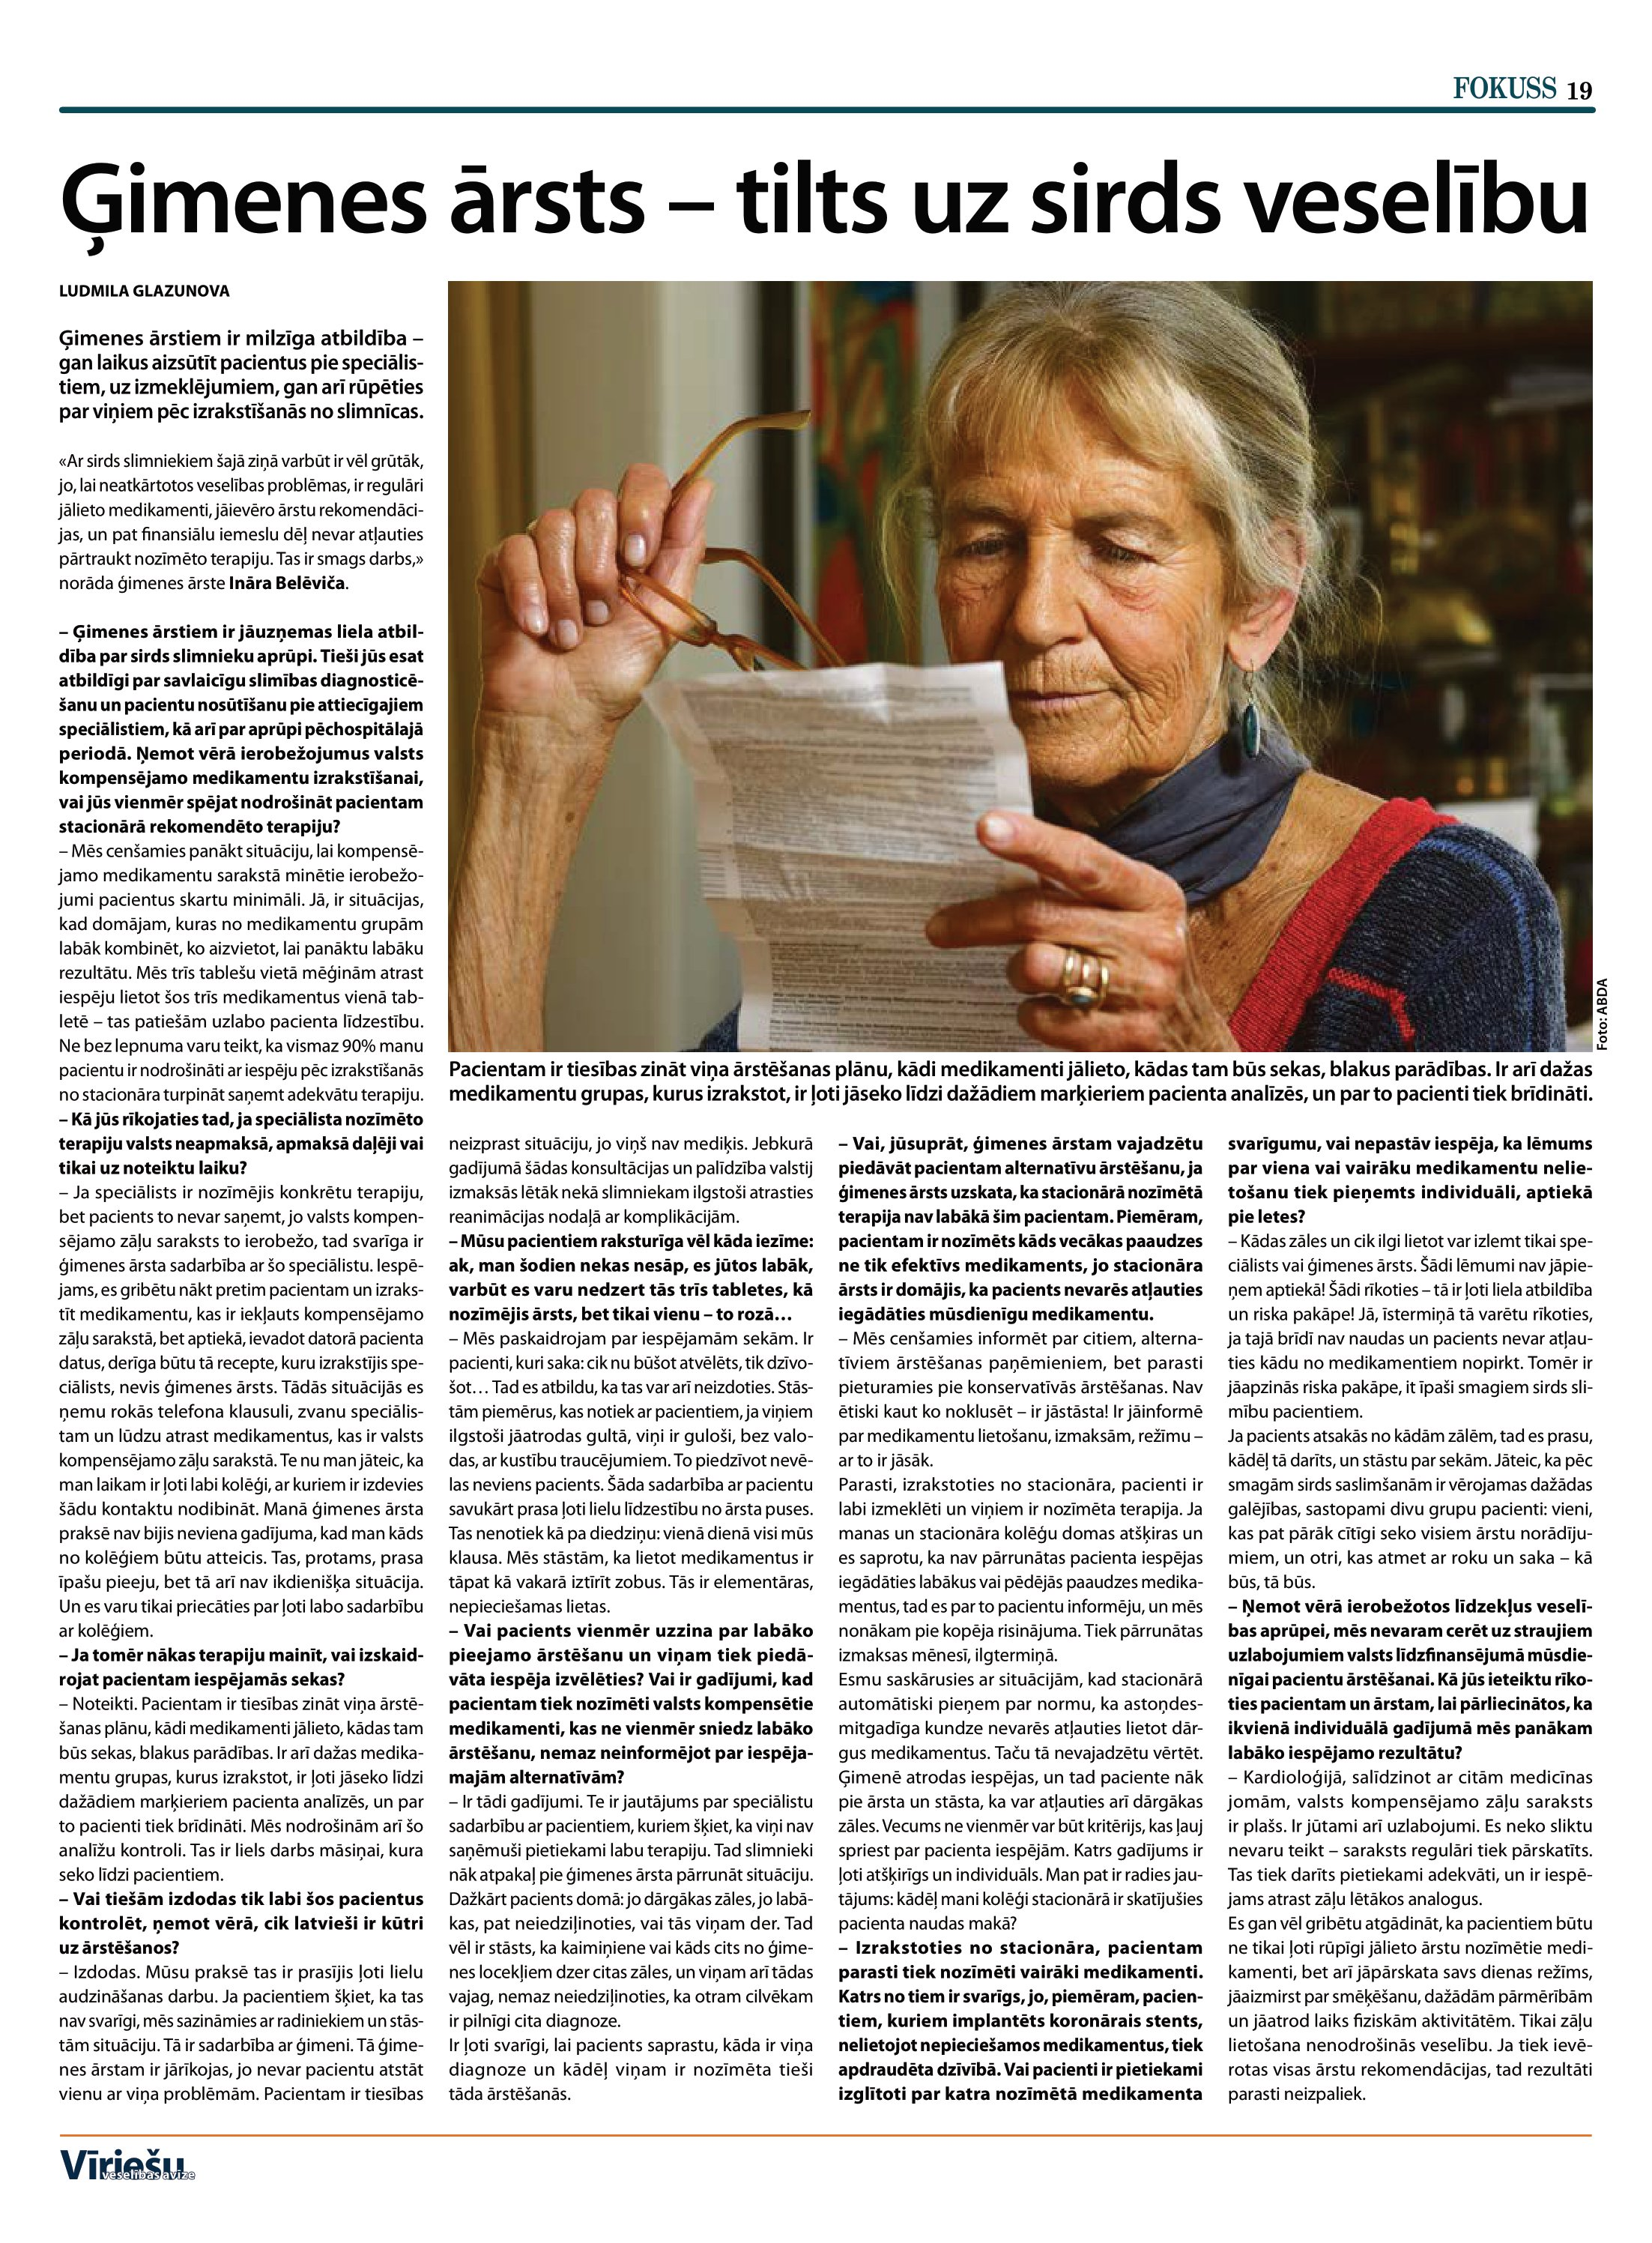
Language: lv